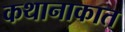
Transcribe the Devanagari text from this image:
कथानाकात